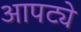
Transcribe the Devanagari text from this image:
आपट्ये